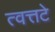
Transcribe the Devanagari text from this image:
त्वत्तटे